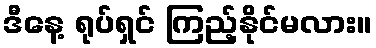
ဒီနေ့ ရုပ်ရှင် ကြည့်နိုင်မလား။